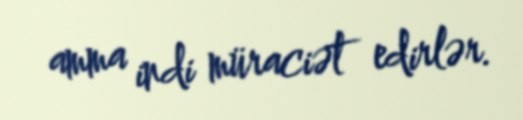
amma indi müraciət edirlər.